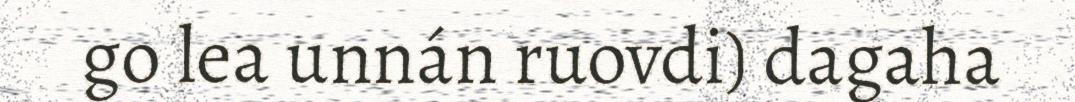
go lea unnán ruovdi) dagaha